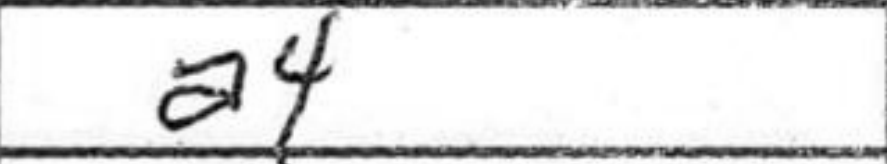
Transcription: a4